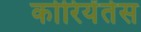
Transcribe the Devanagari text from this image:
कोरियेंतेस